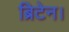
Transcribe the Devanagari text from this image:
ब्रिटेन।